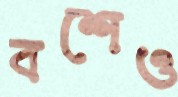
বশেও